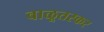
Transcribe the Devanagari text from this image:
वाळूतस्कर